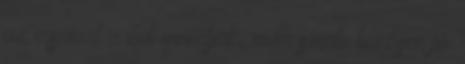
az irsaival - mit mondjak, már szinte bűnösen jó.